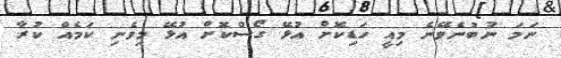
ނަމަ ނުބުނެވޭނެ މިއީ ހަޑިކޮށް އުޅޭ ގޯސްކޮށް އުޅޭ މިވެނި ކަމެއް ކުރާ